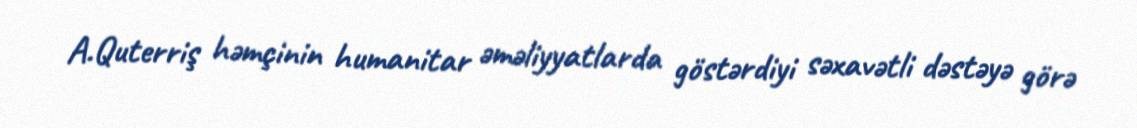
A.Quterriş həmçinin humanitar əməliyyatlarda göstərdiyi səxavətli dəstəyə görə